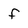
Character: f